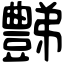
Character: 豑